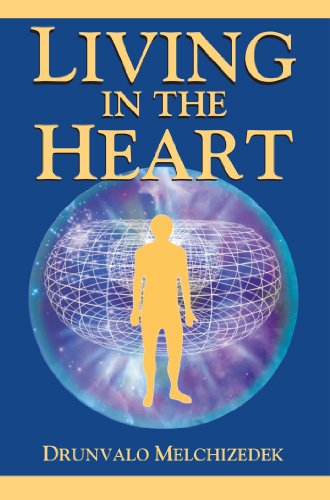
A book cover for Living in the Heart: How to Enter into the Sacred Space within the Heart (with CD); Drunvalo Melchizedek; Religion & Spirituality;